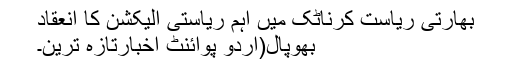
بھارتی ریاست کرناٹک میں اہم ریاستی الیکشن کا انعقاد
بھوپال(اُردو پوائنٹ اخبارتازہ ترین۔